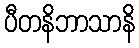
ပီတနိဘာသာနိ